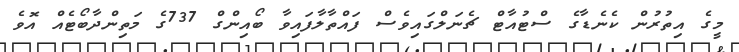
މީގެ އިތުރުން ކެނެޑާގެ ސްޓުއާޓް ޗެނަލްގައިވެސް ފައްތާލާފައިވާ ބޯއިންގް 737ގެ މަތިންދާބޯޓެއް އޮވެ